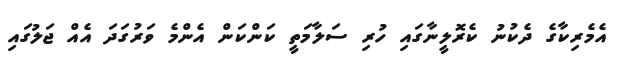
އެމެރިކާގެ ދެކުނު ކެރޮލީނާގައި ހުރި ސަލާމަތީ ކަންކަން އެންމެ ވަރުގަދަ އެއް ޖަލުގައި